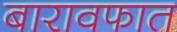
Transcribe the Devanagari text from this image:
बारावफात